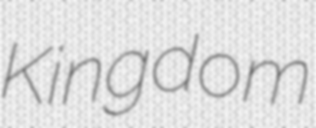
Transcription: Kingdom